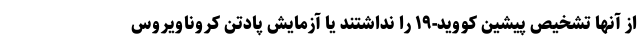
از آنها تشخیص پیشین کووید-۱۹ را نداشتند یا آزمایش پادتن کروناویروس